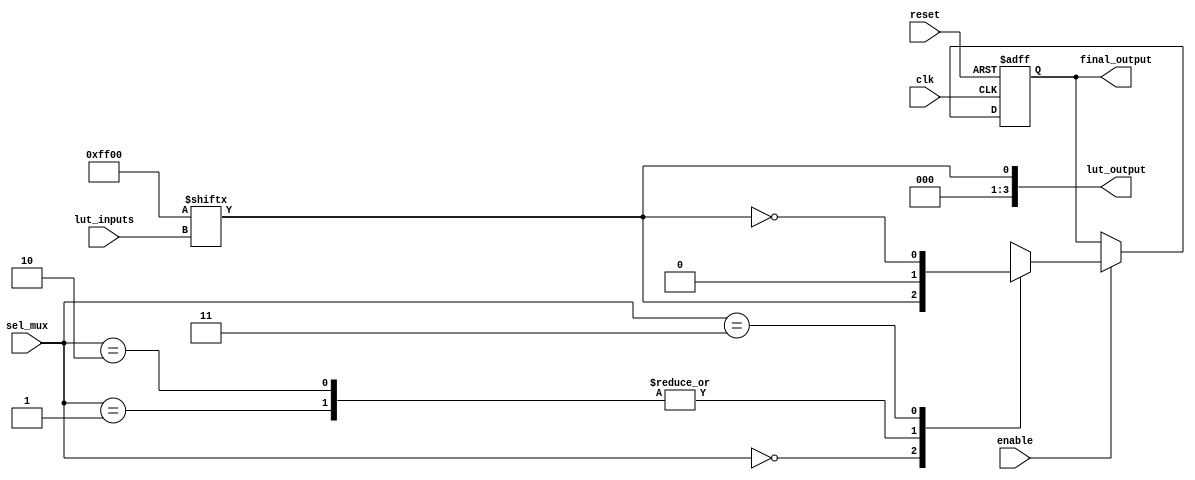
module CLB (
    input wire [3:0] lut_inputs,       // 4 input signals for LUT
    input wire [1:0] sel_mux,          // Select lines for multiplexer
    input wire enable,                  // Enable signal
    input wire clk,                     // Clock input (not used in this combinational example)
    input wire reset,                   // Reset signal
    output reg [3:0] lut_output,        // Output from LUT
    output reg final_output             // Final output after additional logic
);

// LUT configuration (example: truth table for a simple AND operation)
reg [15:0] lut_table; // 16 entries for 4-input LUT

// Additional logic gates
wire and_out, or_out, not_out;

// Multiplexer to select between LUT output and additional logic gates
reg [3:0] mux_out;

// Initialize LUT truth table (for AND operation)
initial begin
    lut_table = 16'h0000; // Initialize all to 0
    lut_table[15] = 1;    // LUT output for 1111
    lut_table[14] = 1;    // LUT output for 1110
    lut_table[13] = 1;    // LUT output for 1101
    lut_table[12] = 1;    // LUT output for 1100
    lut_table[11] = 1;    // LUT output for 1011
    lut_table[10] = 1;    // LUT output for 1010
    lut_table[9] = 1;     // LUT output for 1001
    lut_table[8] = 1;     // LUT output for 1000
end

// LUT Logic
always @(*) begin
    lut_output = lut_table[lut_inputs]; // Output based on LUT configuration
end

// Additional Logic Gates
assign and_out = lut_output[0] & lut_output[1]; // AND operation
assign or_out = lut_output[2] | lut_output[3];  // OR operation
assign not_out = ~lut_output[0];                 // NOT operation

// Multiplexer Logic
always @(*) begin
    case(sel_mux)
        2'b00: mux_out = lut_output;        // Select LUT output
        2'b01: mux_out = {3'b000, and_out}; // Select AND output
        2'b10: mux_out = {3'b000, or_out};  // Select OR output
        2'b11: mux_out = {3'b000, not_out}; // Select NOT output
        default: mux_out = 4'b0000;
    endcase
end

// Final output logic with enable and reset
always @(posedge clk or posedge reset) begin
    if (reset) begin
        final_output <= 1'b0; // Reset output to 0
    end else if (enable) begin
        final_output <= mux_out[0]; // Assign final output based on mux
    end
end

endmodule